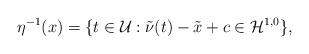
LaTeX: \begin{align*}\eta^{-1}(x)=\{t\in\mathcal U: \tilde \nu(t)-\tilde x+c\in\mathcal H^{1,0}\},\end{align*}